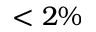
< 2 \%